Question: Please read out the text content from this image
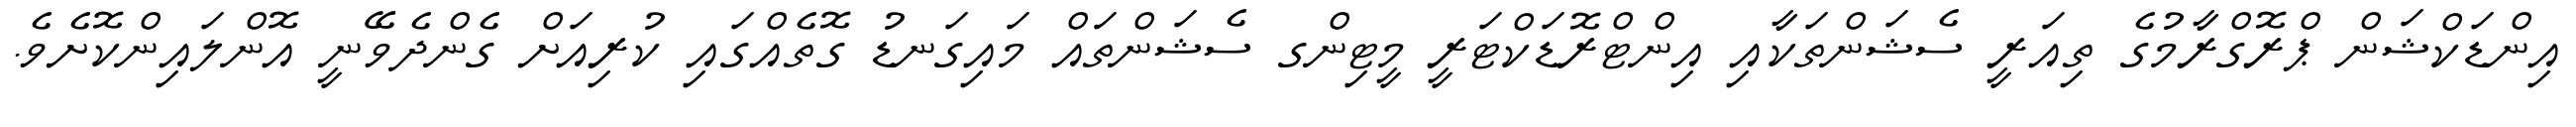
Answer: އިންޑަކްޝަން ޕްރޮގްރާމުގެ ތިއަރީ ސެޝަންތަކާއި އިންޓްރޮޑަކްޓަރީ މީޓިންގ ސެޝަންތައް މައިގަނޑު ގޮތެއްގައި ކުރިއަށް ގެންދެވޭނީ އޮންލައިންކޮށެވެ.